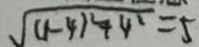
\sqrt { ( 1 - 4 ) ^ { 2 } + 4 ^ { 2 } } = 5